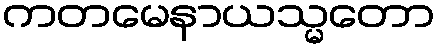
ကတမေနာယသ္မတော